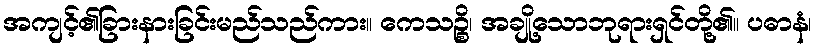
အကျင့်၏ခြားနားခြင်းမည်သည်ကား။ ကေသဉ္စိ၊ အချို့သောဘုရားရှင်တို့၏။ ပဓာနံ၊